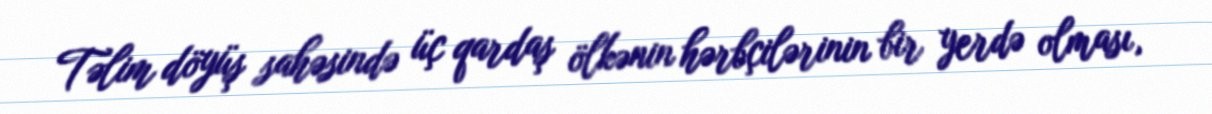
Təlim döyüş sahəsində üç qardaş ölkənin hərbçilərinin bir yerdə olması,